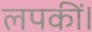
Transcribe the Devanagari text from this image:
लपकीं।